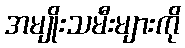
အမျိုးသမီးများကို